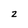
Character: 2